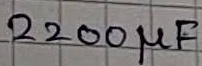
Text: 2200µF